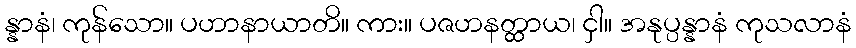
န္နာနံ၊ ကုန်သော။ ပဟာနာယာတိ။ ကား။ ပဇဟနတ္ထာယ၊ ငှါ။ အနုပ္ပန္နာနံ ကုသလာနံ